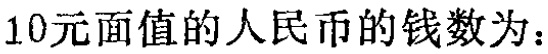
10元面值的人民币的钱数为：